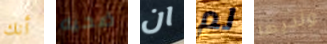
أنك ضحيه ان لم ولديها